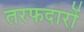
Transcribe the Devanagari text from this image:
तरफदारों